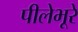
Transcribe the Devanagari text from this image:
पीलेभूरे